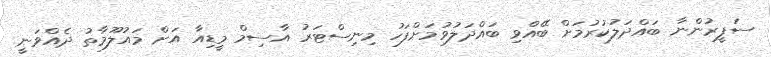
ސަފީރުންނާ ބައްދަލުކުރުމަށް ބޭއްވި ބައްދަލުވުމަށްފަހު މިނިސްޓަރު އާސިމް މީޑިއާ އަށް މައުލޫމާތު ދެއްވަނީ